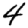
Digit: 4